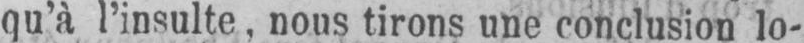
qu’à l’insulte, nous tirons une conclusion lo-